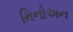
મિનોઅન